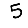
Digit: 5